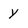
Character: y